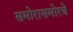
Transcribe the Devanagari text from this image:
समोरासमोरचे